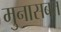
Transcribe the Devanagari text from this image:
मुनासबत